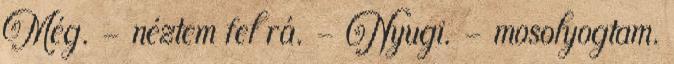
Még. - néztem fel rá. - Nyugi. - mosolyogtam.